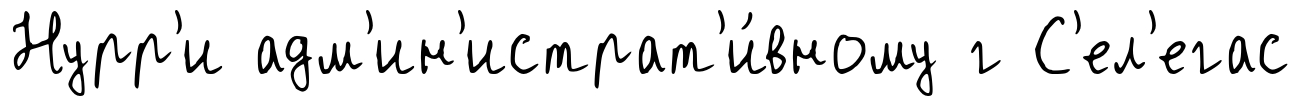
Нурр'и адм'ин'истрат'и́вному г С'ел'егас